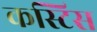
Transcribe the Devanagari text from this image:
कस्टिस